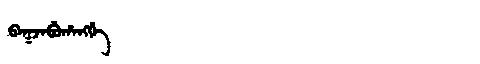
Manchu: ᠪᠠᡴᠵᠠᠪᡠᡥᠠᠩᡤᡝ
Romanization: BAKJABUHANGGE